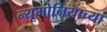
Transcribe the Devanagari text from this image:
न्यूमोनियाच्या